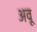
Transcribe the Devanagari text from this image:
अवू